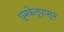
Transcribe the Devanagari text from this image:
धूमकेतूपासून